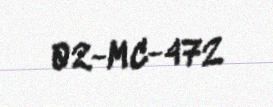
02-MC-472